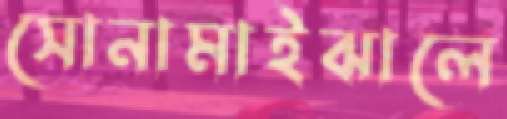
সোনামাইঝালে